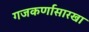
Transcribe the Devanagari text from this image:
गजकर्णासारखा